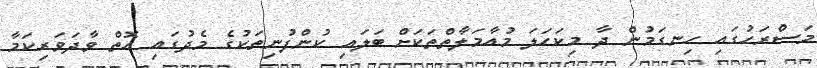
މަސްރަހުގައި ހިނގަމުން ދާ މިކަހަލަ މުއާމަލާތްތަކަށް ބަލައި ކުންފުނިތަކުގެ މެދުގައި އޮތް ވާދަވަރިކަމާ